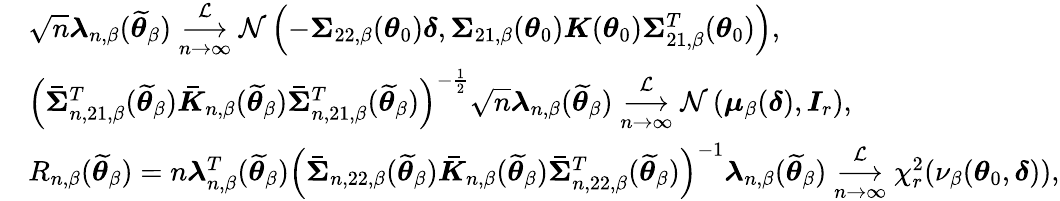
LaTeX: \begin{array}{rl}&{\sqrt{n}\boldsymbol{\lambda}_{n,\beta}(\widetilde{\boldsymbol{\theta}}_{\beta})\underset{n\rightarrow\infty}{\overset{\mathcal{L}}{\longrightarrow}}\mathcal{N}\left(-\boldsymbol{\Sigma}_{22,\beta}(\boldsymbol{\theta}_{0})\boldsymbol{\delta},\boldsymbol{\Sigma}_{21,\beta}(\boldsymbol{\theta}_{0})\boldsymbol{K}(\boldsymbol{\theta}_{0})\boldsymbol{\Sigma}_{21,\beta}^{T}(\boldsymbol{\theta}_{0})\right),}\\ &{\left(\boldsymbol{\bar{\Sigma}}_{n,21,\beta}^{T}(\widetilde{\boldsymbol{\theta}}_{\beta})\boldsymbol{\bar{K}}_{n,\beta}(\widetilde{\boldsymbol{\theta}}_{\beta})\boldsymbol{\bar{\Sigma}}_{n,21,\beta}^{T}(\widetilde{\boldsymbol{\theta}}_{\beta})\right)^{-\frac{1}{2}}\sqrt{n}\boldsymbol{\lambda}_{n,\beta}(\widetilde{\boldsymbol{\theta}}_{\beta})\underset{n\rightarrow\infty}{\overset{\mathcal{L}}{\longrightarrow}}\mathcal{N}\left(\boldsymbol{\mu}_{\beta}(\boldsymbol{\delta}),\boldsymbol{I}_{r}\right),}\\ &{R_{n,\beta}(\widetilde{\boldsymbol{\theta}}_{\beta})=n\boldsymbol{\lambda}_{n,\beta}^{T}(\widetilde{\boldsymbol{\theta}}_{\beta})\left(\boldsymbol{\bar{\Sigma}}_{n,22,\beta}(\widetilde{\boldsymbol{\theta}}_{\beta})\boldsymbol{\bar{K}}_{n,\beta}(\widetilde{\boldsymbol{\theta}}_{\beta})\boldsymbol{\bar{\Sigma}}_{n,22,\beta}^{T}(\widetilde{\boldsymbol{\theta}}_{\beta})\right)^{-1}\boldsymbol{\lambda}_{n,\beta}(\widetilde{\boldsymbol{\theta}}_{\beta})\underset{n\rightarrow\infty}{\overset{\mathcal{L}}{\longrightarrow}}\chi_{r}^{2}(\nu_{\beta}(\boldsymbol{\theta}_{0},\boldsymbol{\delta})),}\end{array}